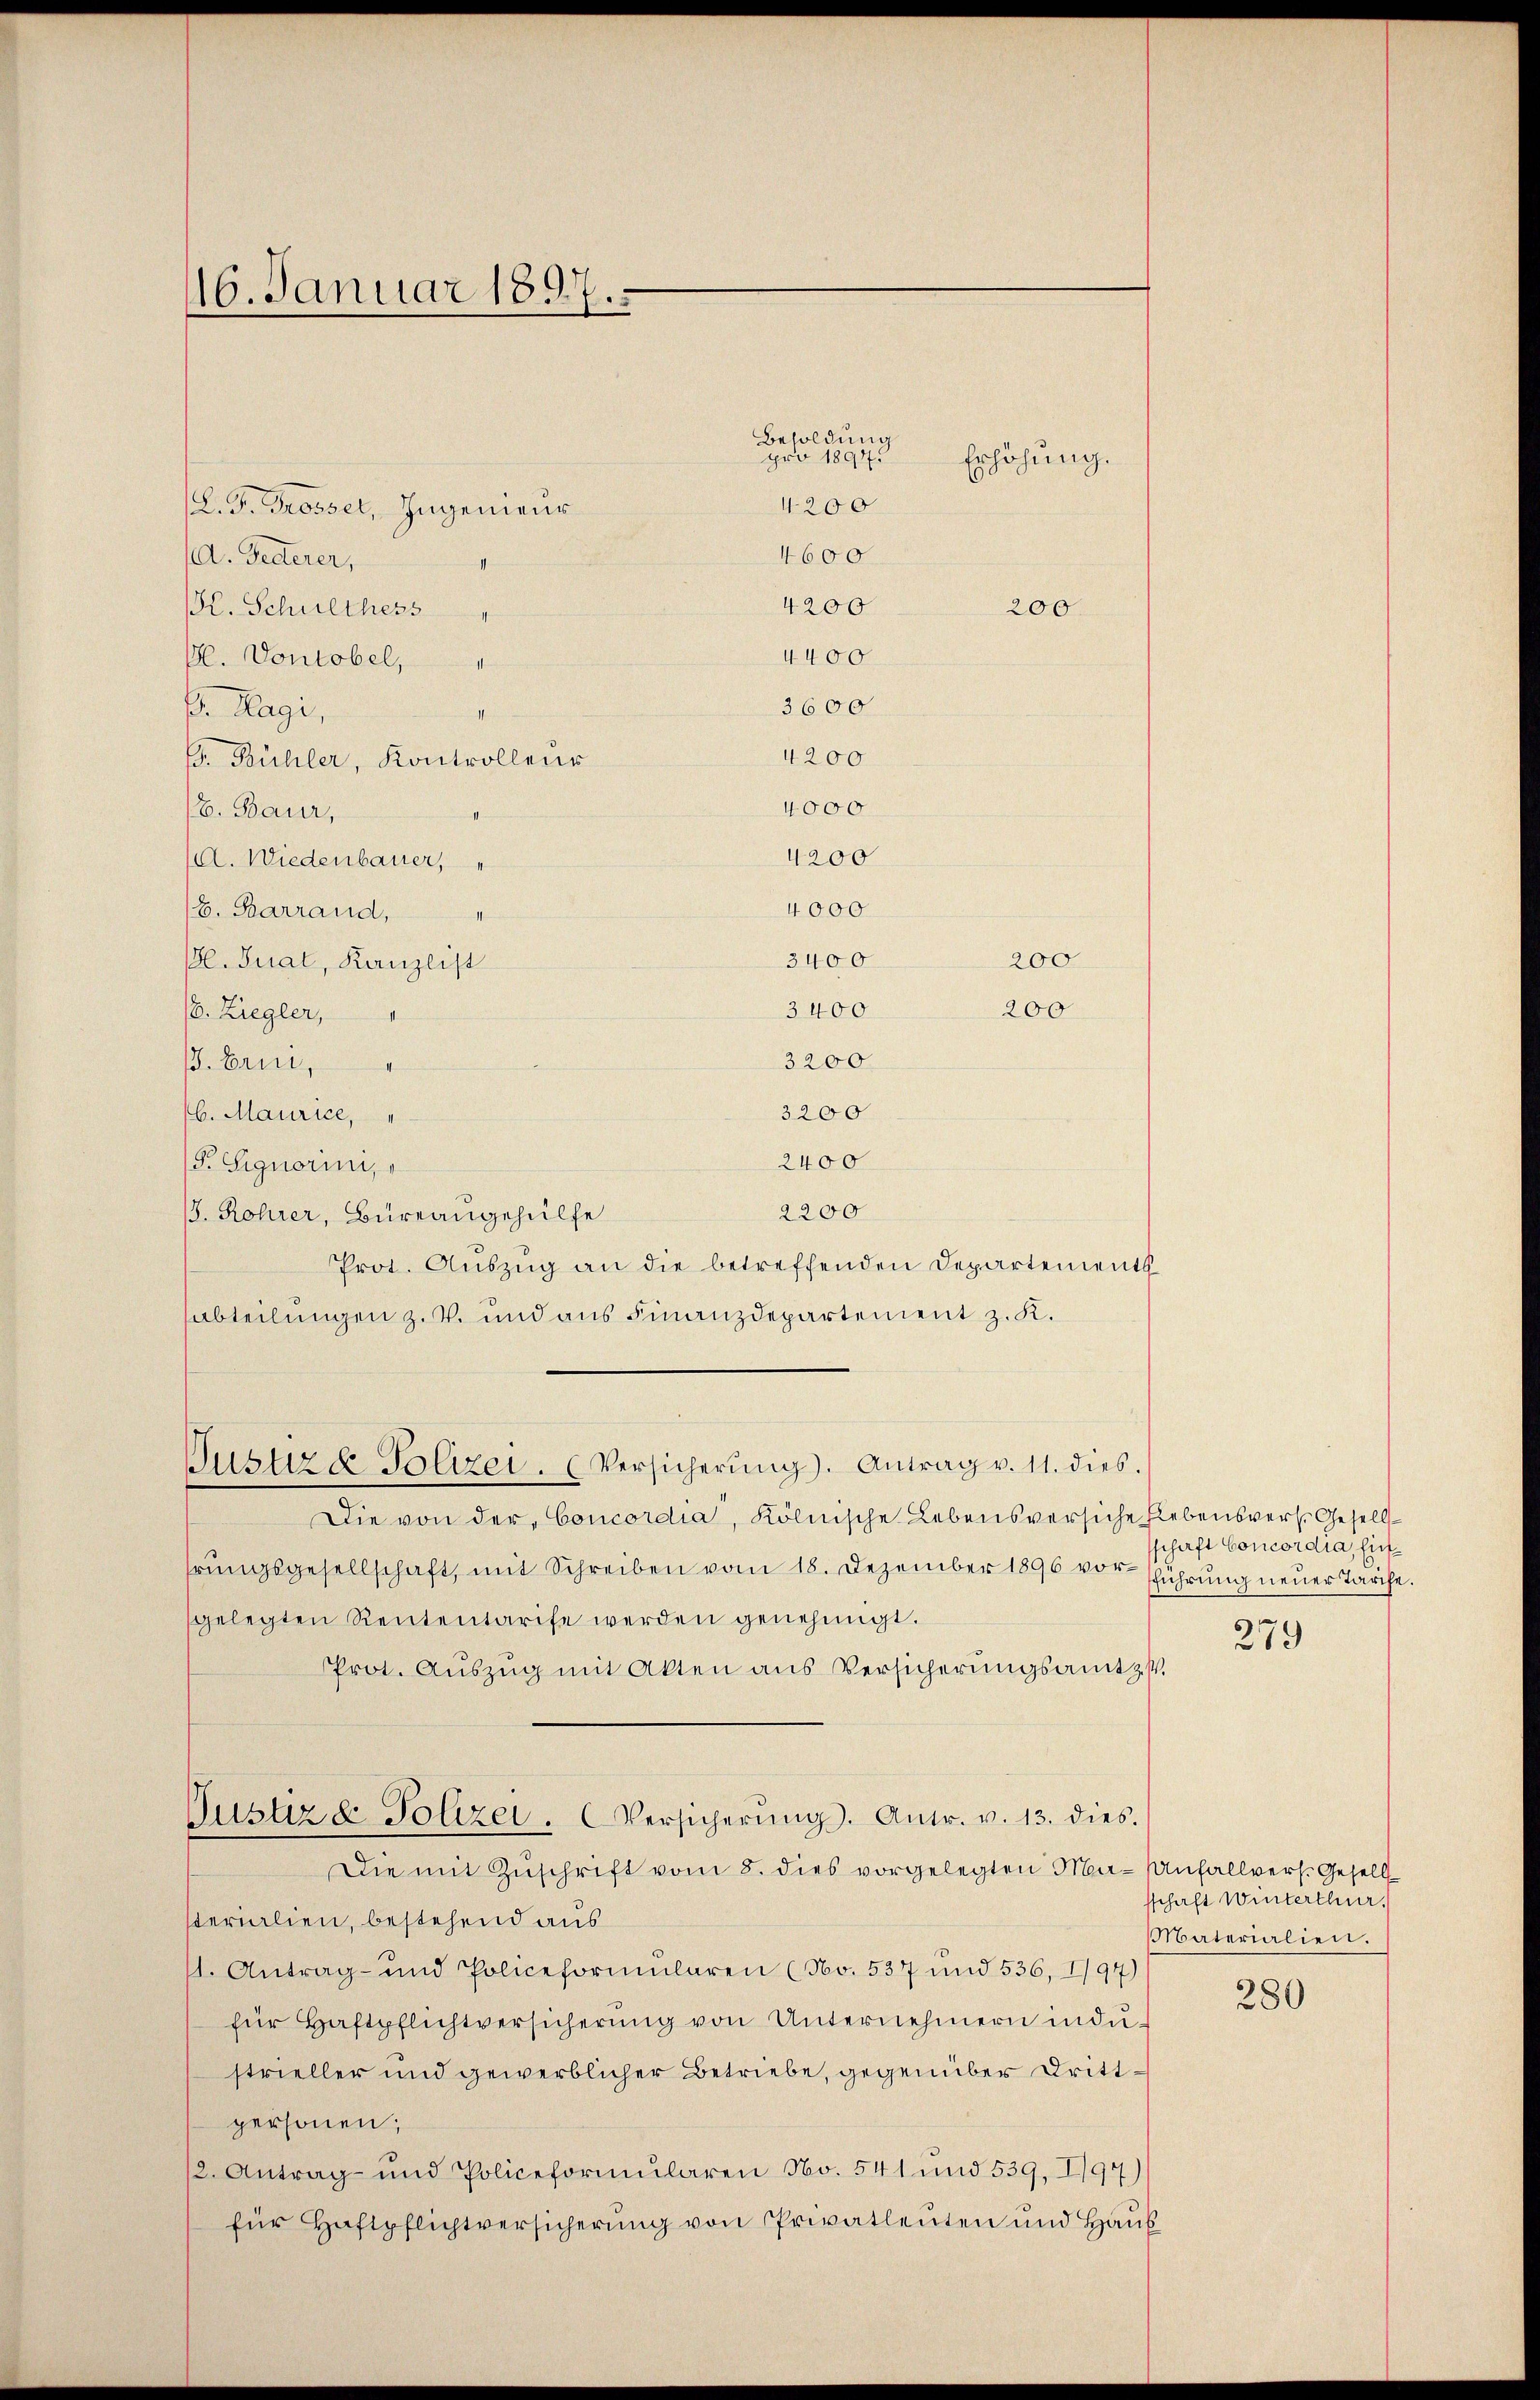
16. Januar 1897.

(L. F. Grosser, Ingenieur
A. Gelterer,
I
Kl. Schulthers "
G. Vontobel,
pr. Klagi,
4200
. Bühler, Kontrolleur
4000
/B. Baur,
4200
A. Wiederbauer,
4000
(B. Barrand,
3400
200
(. Gual, Kanzlist
3400
200
/6. Ziegler,
3200
. Erni,
3200
6. Maurice,
2400
Pr. Signorini,
2200
. Rohrer, Bureaugehülfe
Prot. Auszug an die betreffenden Departementssabteilungen z. V. und aus Finanzdepartement z. K.

Besoldung
pro 1894
4200

4400
3600

Justiz & Polizei. (Versicherŭng). Antrag v. 11. dies.

4600

4200

Erhöhung.
200

Die von der Concordia, Kölnische Lebensversiche Elebensvers. Gesells
hrŭngsgesellschaft, mit Schreiben vom 18. Dezember 1896 vorführung neuer Tarife.
gelegten Rententarife werden genehmigt.
Prot. Aŭszŭg mit Akten aus Versicherŭngsamt z.
Die mit Zuschrift vom 8. dies vorgelegten Ma-Anfallvers. Gesellsterialien, bestehend aus
1. Antrag- und Policeformularen (No. 537 und 536, I/97)
für Haftpflichtversicherŭng von Unternehmern in dustrieller und gewerblicher Betriebe, gegenüber Drittpersonen,
12. Antrag- und Policeformularen No. 541 und 539, I/97)
für Haftpflichtversicherŭng von Privatleuten und Haus

Justiz & Polizei. Versicherŭng. Antr. v. 13. dies

schaft Concordia, hint

279

sschaft Winterthur.
Materialien.

280